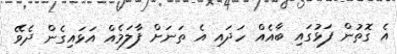
އެ ގޮތުން ފަޅުގައި ބާއެއް ހަދައި އެ ތަނަށް ފާލަމެއް އަޅައިގެން ދެވޭ